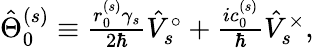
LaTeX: \begin{array}{r}{\hat{\Theta}_{0}^{(s)}\equiv\frac{r_{0}^{(s)}\gamma_{s}}{2\hbar}\hat{V}_{s}^{\circ}+\frac{ic_{0}^{(s)}}{\hbar}\hat{V}_{s}^{\times},}\end{array}